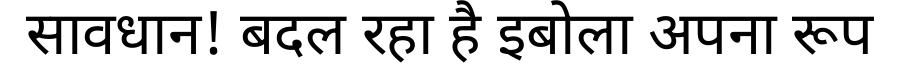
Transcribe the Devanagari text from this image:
सावधान! बदल रहा है इबोला अपना रूप